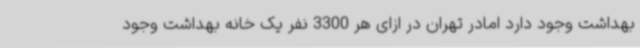
بهداشت وجود دارد امادر تهران در ازای هر 3300 نفر یک خانه بهداشت وجود